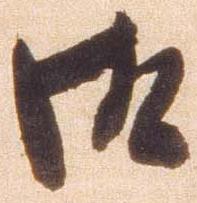
御